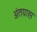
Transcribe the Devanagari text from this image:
अंतग्राह्म